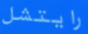
رايتشل